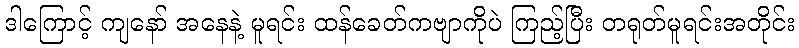
ဒါကြောင့် ကျနော် အနေနဲ့ မူရင်း ထန်ခေတ်ကဗျာကိုပဲ ကြည့်ပြီး တရုတ်မူရင်းအတိုင်း